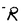
Character: R